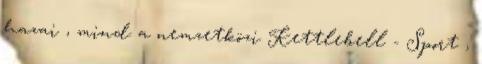
hazai , mind a nemzetközi Kettlebell - Sport ,